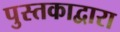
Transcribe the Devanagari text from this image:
पुस्तकाद्वारा